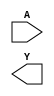
module encoder (A,Y);

input   [7:0] A;
output  [2:0] Y;

`ifdef DATAFLOW_LEVEL1
assign Y[2] =   A[7] | A[6] | A[5] | A[4]                       ;
assign Y[1] =   A[7] | A[6]                 | A[3] | A[2]       ;
assign Y[0] =   A[7]        | A[5]          | A[3]       | A[1] ;

`elsif DATAFLOW_LEVEL2 
assign Y    =   (A == 8'b0000_0001) ? 3'b000 :
                (A == 8'b0000_0010) ? 3'b001 :
                (A == 8'b0000_0100) ? 3'b010 :
                (A == 8'b0000_1000) ? 3'b011 :
                (A == 8'b0001_0000) ? 3'b100 :
                (A == 8'b0010_0000) ? 3'b101 :
                (A == 8'b0100_0000) ? 3'b110 :
                (A == 8'b1000_0000) ? 3'b111 :  3'b000;

`elsif DATAFLOW_LEVEL3
//assign   -> reg 
reg [2:0]   Y;

always @ (A)
begin
    case(A)
        8'b0000_0001 :
            Y <= 3'b000;
        8'b0000_0010 :
            Y <= 3'b001;
        8'b0000_0100 :
            Y <= 3'b010;
        8'b0000_1000 :
            Y <= 3'b011;
        8'b0001_0000 :
            Y <= 3'b100;
        8'b0010_0000 :
            Y <= 3'b101;
        8'b0100_0000 :
            Y <= 3'b110;
        8'b1000_0000 : 
            Y <= 3'b111;
    default :
            Y <= 3'b000;

    endcase
end
`endif

endmodule